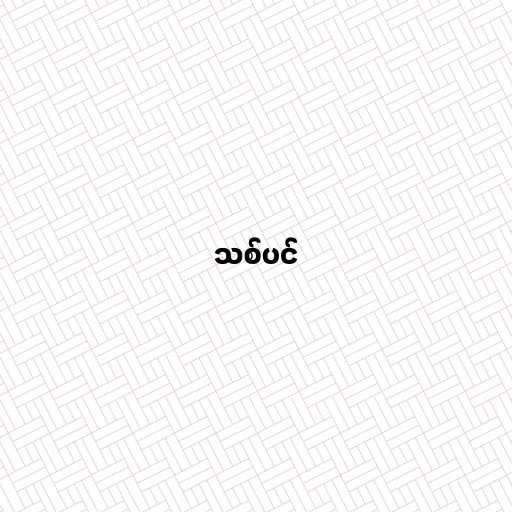
သစ်ပင်